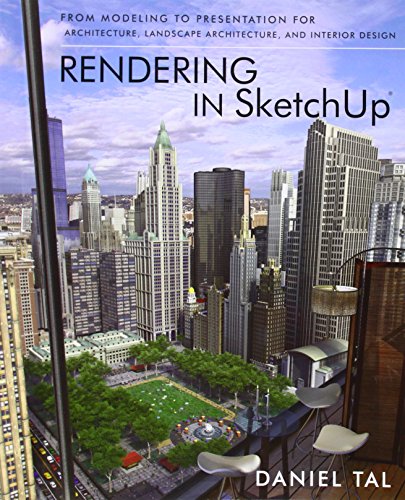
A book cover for Rendering in SketchUp: From Modeling to Presentation for Architecture, Landscape Architecture and Interior Design; Daniel Tal; Arts & Photography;